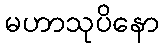
မဟာသုပိနော